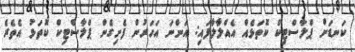
ކަނޑަށް ޕްލާސްޓިކް ކޮތަޅެއް އެއްލާލާފައި: އަންނަ އަހަރުން ފެށިގެން ޕްލާސްޓިކް ކޮތަޅު އެތެރެ